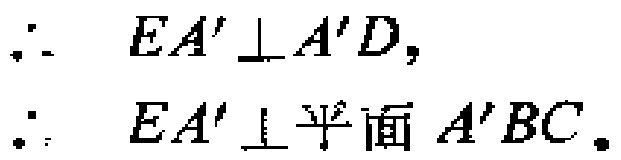
\(\therefore\ EA'\perp A'D,\)
\(\therefore\ EA'\perp平面\ A'BC.\)